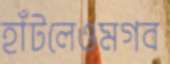
হাঁটলেওমগব